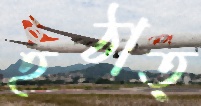
হঠাত্